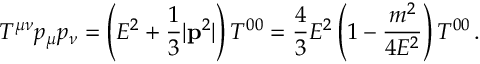
T ^ { \mu \nu } p _ { \mu } p _ { \nu } = \left( E ^ { 2 } + \frac { 1 } { 3 } | { \bf p } ^ { 2 } | \right) T ^ { 0 0 } = \frac { 4 } { 3 } E ^ { 2 } \left( 1 - \frac { m ^ { 2 } } { 4 E ^ { 2 } } \right) T ^ { 0 0 } \, .